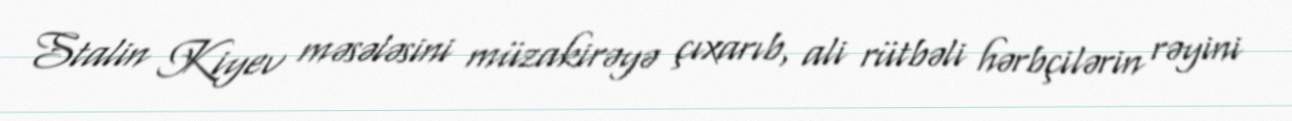
Stalin Kiyev məsələsini müzakirəyə çıxarıb, ali rütbəli hərbçilərin rəyini